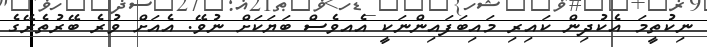
ނިކުތީމަ އެކުދިން ކައިރި މައިބަފައިންނަކީ އެއވެސް ބަޔަކަށް ނުވޭ. އެއަށް ވުރެ ބޭރުތެރޭގެ